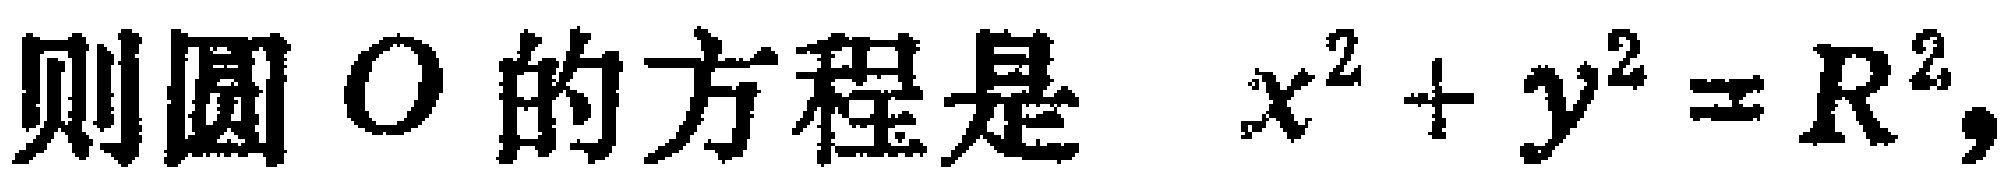
则圆\(O\)的方程是 \(x^{2}+y^{2}=R^{2}\)，